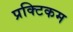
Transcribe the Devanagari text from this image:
प्रक्टिकम